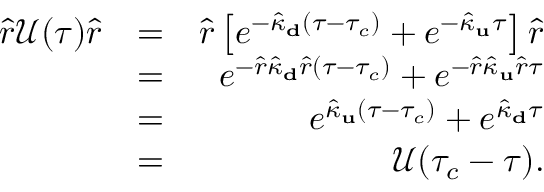
\begin{array} { r l r } { \hat { r } \mathcal { U } ( \tau ) \hat { r } } & { = } & { \hat { r } \left[ e ^ { - \hat { \kappa } _ { \bf d } ( \tau - \tau _ { c } ) } + e ^ { - \hat { \kappa } _ { \bf u } \tau } \right] \hat { r } } \\ & { = } & { e ^ { - \hat { r } \hat { \kappa } _ { \bf d } \hat { r } ( \tau - \tau _ { c } ) } + e ^ { - \hat { r } \hat { \kappa } _ { \bf u } \hat { r } \tau } } \\ & { = } & { e ^ { \hat { \kappa } _ { \bf u } ( \tau - \tau _ { c } ) } + e ^ { \hat { \kappa } _ { \bf d } \tau } } \\ & { = } & { \mathcal { U } ( \tau _ { c } - \tau ) . } \end{array}